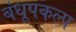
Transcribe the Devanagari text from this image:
बंधूपकल्प